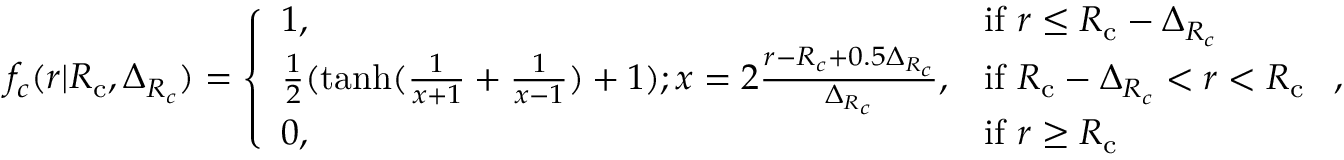
f _ { c } ( r | { R _ { \mathrm { c } } } , \Delta _ { R _ { c } } ) = \left\{ \begin{array} { l l } { 1 , } & { \mathrm { i f ~ } r \leq { R _ { \mathrm { c } } } - \Delta _ { R _ { c } } } \\ { \frac { 1 } { 2 } ( \operatorname { t a n h } ( \frac { 1 } { x + 1 } + \frac { 1 } { x - 1 } ) + 1 ) ; x = 2 \frac { r - R _ { c } + 0 . 5 \Delta _ { R _ { c } } } { \Delta _ { R _ { c } } } , } & { \mathrm { i f ~ } { R _ { \mathrm { c } } } - \Delta _ { R _ { c } } < r < { R _ { \mathrm { c } } } } \\ { 0 , } & { \mathrm { i f ~ } r \geq { R _ { \mathrm { c } } } } \end{array} \right. \mathrm { , }